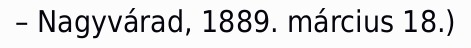
– Nagyvárad, 1889. március 18.)